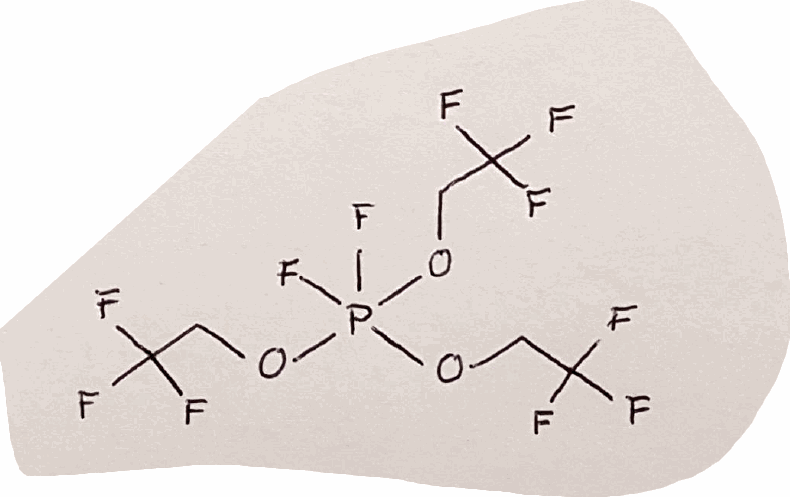
Simplified molecular-input line-entry system (SMILES) notation of the given molecule:
C(C(F)(F)F)OP(OCC(F)(F)F)(OCC(F)(F)F)(F)F